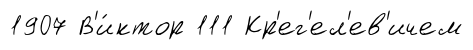
1907 В'и́ктор 111 Кр'ег'ел'ев'ичем